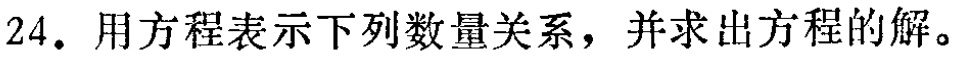
24. 用方程表示下列数量关系，并求出方程的解。